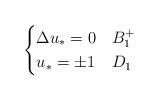
LaTeX: \begin{align*} \begin{cases} \Delta u_{*} = 0 & B_1^+ \\ u_{*} = \pm 1 & D_1 \end{cases} \end{align*}